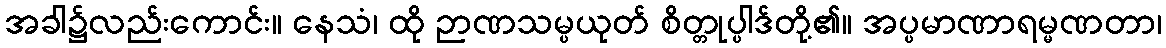
အခါ၌လည်းကောင်း။ နေသံ၊ ထို ဉာဏသမ္ပယုတ် စိတ္တုပ္ပါဒ်တို့၏။ အပ္ပမာဏာရမ္မဏတာ၊